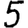
Digit: 5